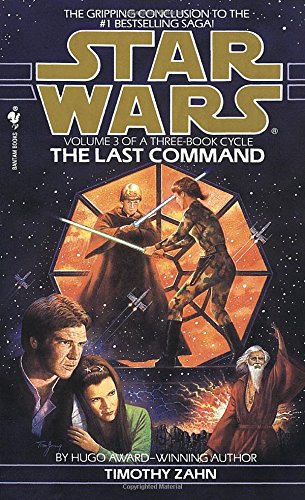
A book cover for The Last Command (Star Wars: The Thrawn Trilogy, Vol. 3); Timothy Zahn; Science Fiction & Fantasy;